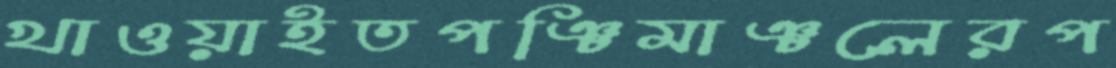
খাওয়াইতপঞ্চিমাঞ্চলেরপ